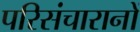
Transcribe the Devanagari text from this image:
परिसंचारानों